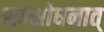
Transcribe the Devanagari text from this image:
सन्शोधनात्